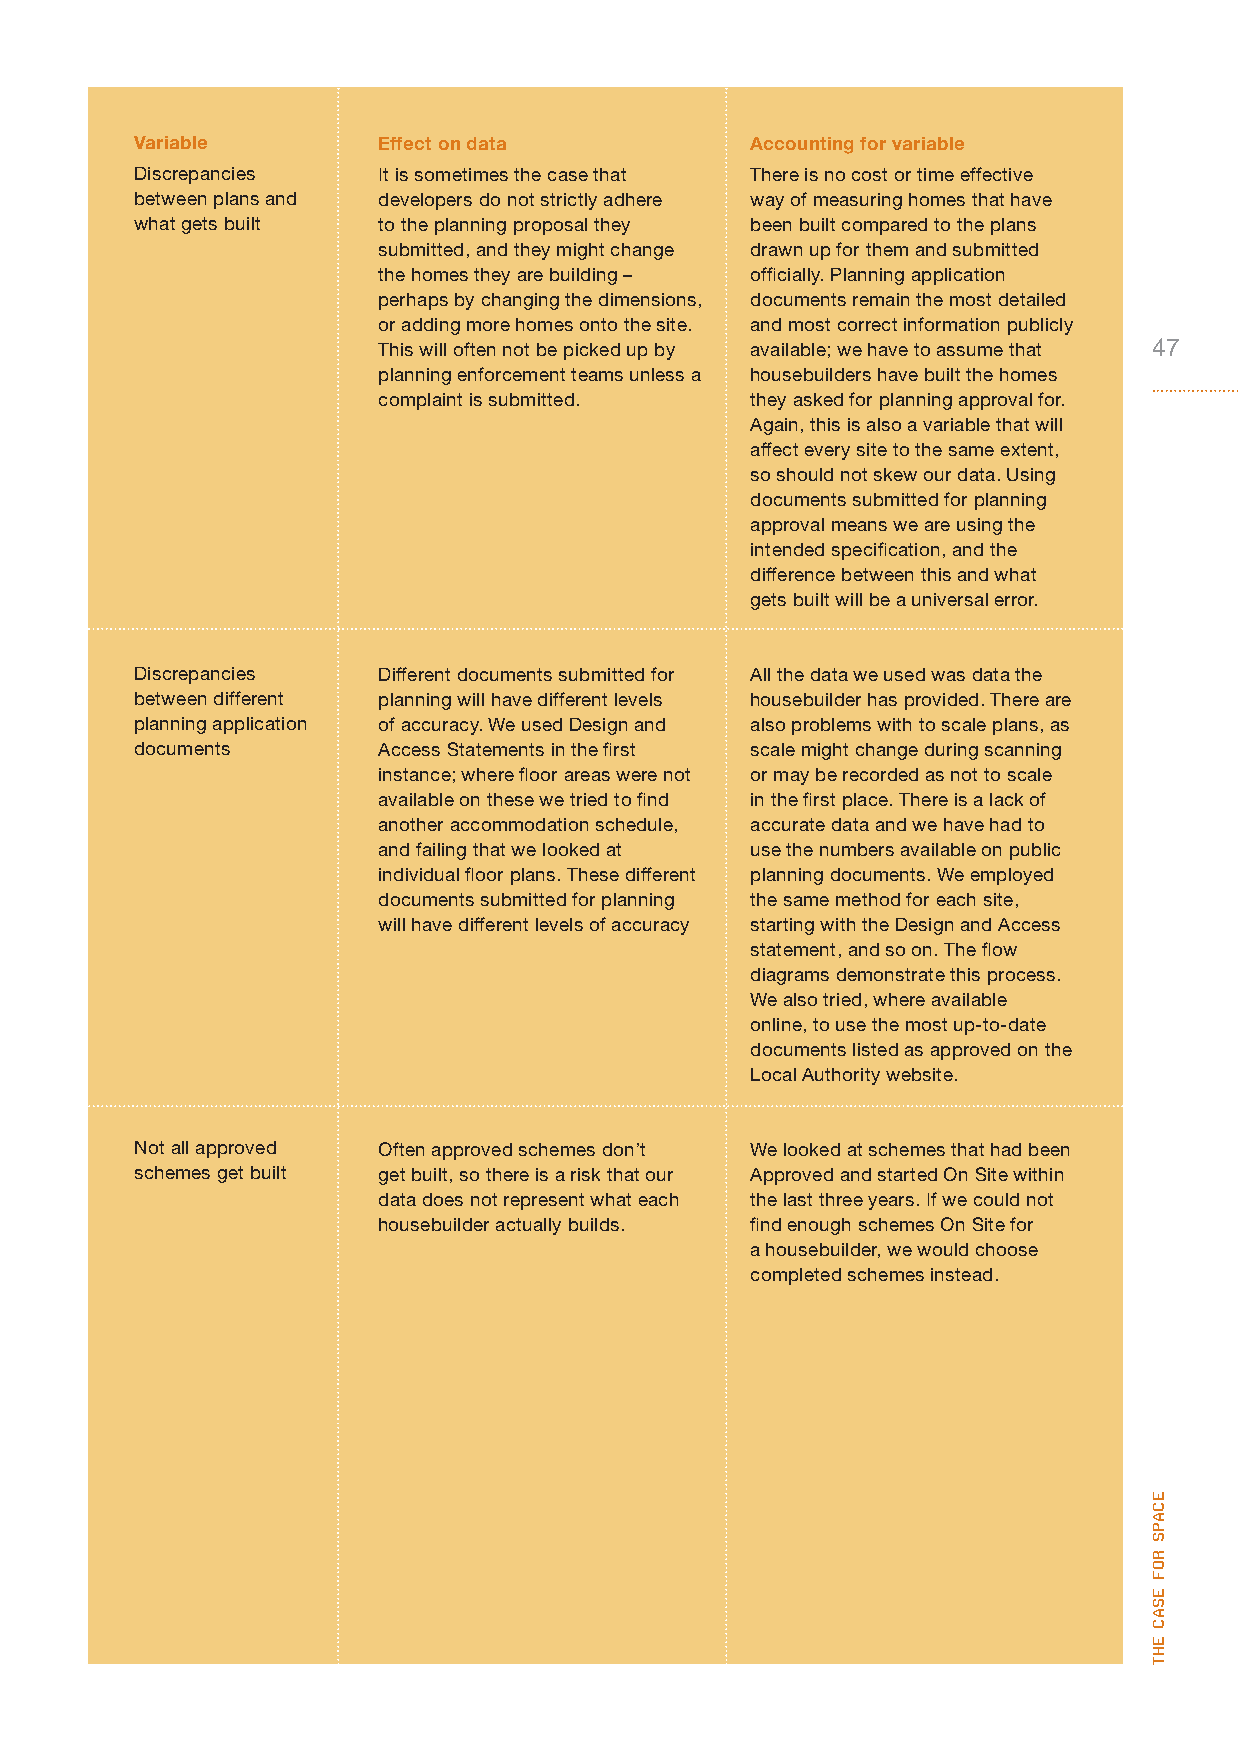
Variable        Effect on data           Accounting for variable
 Discrepancies   It is sometimes the case that There is no cost or time effective
 between plans and developers do not strictly adhere way of measuring homes that have
 what gets built to the planning proposal they been built compared to the plans
 submitted, and they might change drawn up for them and submitted
 the homes they are building – officially. Planning application
 perhaps by changing the dimensions, documents remain the most detailed
 or adding more homes onto the site. and most correct information publicly
 This will often not be picked up by available; we have to assume that 47
 planning enforcement teams unless a housebuilders have built the homes
 complaint is submitted.  they asked for planning approval for.
 Again, this is also a variable that will
 affect every site to the same extent,
 so should not skew our data. Using
 documents submitted for planning
 approval means we are using the
 intended specification, and the
 difference between this and what
 gets built will be a universal error.
 Discrepancies   Different documents submitted for All the data we used was data the
 between different planning will have different levels housebuilder has provided. There are
 planning application of accuracy. We used Design and also problems with to scale plans, as
 documents       Access Statements in the first scale might change during scanning
 instance; where floor areas were not or may be recorded as not to scale
 available on these we tried to find in the first place. There is a lack of
 another accommodation schedule, accurate data and we have had to
 and failing that we looked at use the numbers available on public
 individual floor plans. These different planning documents. We employed
 documents submitted for planning the same method for each site,
 will have different levels of accuracy starting with the Design and Access
 statement, and so on. The flow
 diagrams demonstrate this process.
 We also tried, where available
 online, to use the most up-to-date
 documents listed as approved on the
 Local Authority website.
 Not all approved Often approved schemes don’t We looked at schemes that had been
 schemes get built get built, so there is a risk that our Approved and started On Site within
 data does not represent what each the last three years. If we could not
 housebuilder actually builds. find enough schemes On Site for
 a housebuilder, we would choose
 completed schemes instead.
 ecaPs
 rof
 esac
 eht